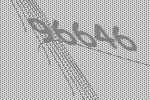
96646